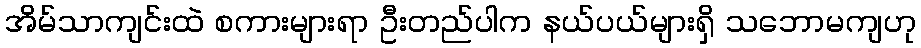
အိမ်သာကျင်းထဲ စကားများရာ ဦးတည်ပါက နယ်ပယ်များရှိ သဘောမကျဟု